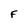
Character: F